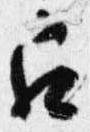
召